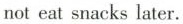
not eat snacks later.